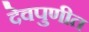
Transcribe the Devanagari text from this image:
देवपुणीत